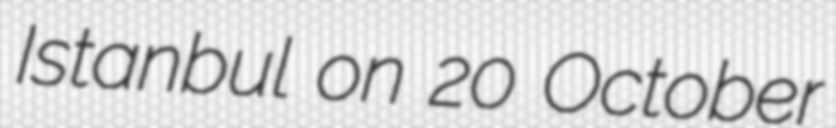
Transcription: Istanbul on 20 October